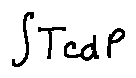
\int T c d P